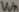
Text: Vin